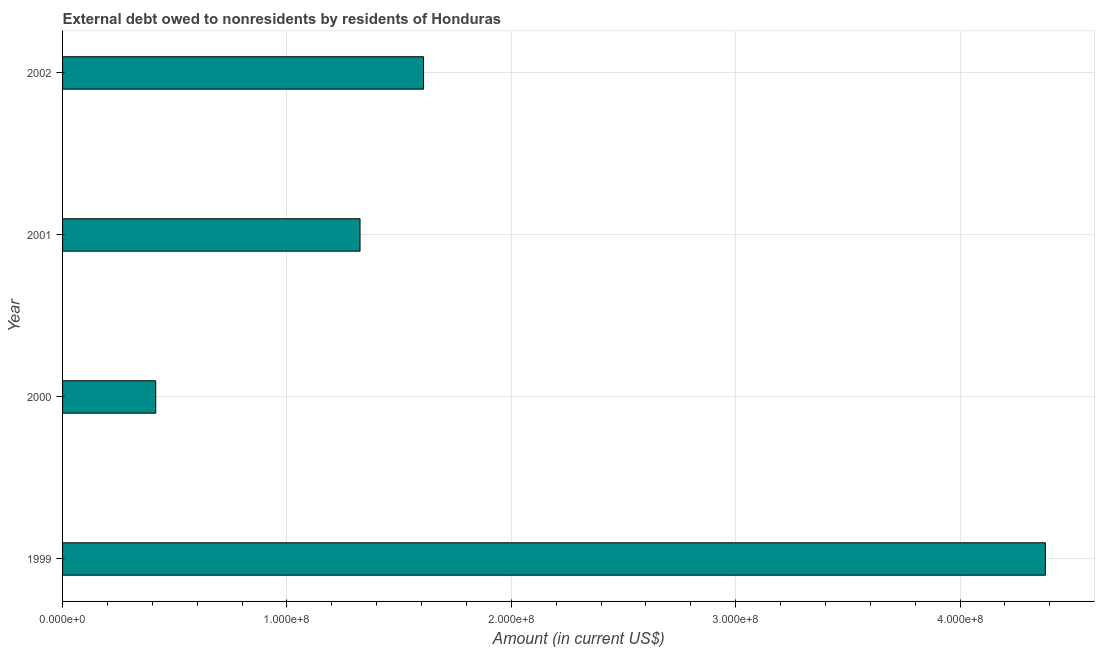
| Year | Debt |
 | --- | --- |
 | 1999 | 4.38e+08 |
 | 2000 | 4.15e+07 |
 | 2001 | 1.33e+08 |
 | 2002 | 1.61e+08 |